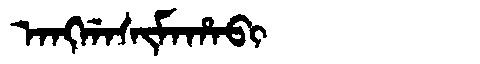
Manchu: ᠠᠩᡤᠠᠰᡳᠮᠠᡥᠠᠪᡳ
Romanization: ANGGASIMAHABI